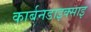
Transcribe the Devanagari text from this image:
कार्बनडाइक्साइ